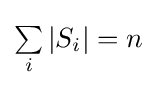
{\textstyle \sum \limits _{i}\left|S_{i}\right|=n}